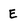
Character: e